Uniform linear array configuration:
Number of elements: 64
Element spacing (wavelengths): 0.75
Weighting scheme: hamming
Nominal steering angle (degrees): -45
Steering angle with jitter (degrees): -44.932
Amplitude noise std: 0.05
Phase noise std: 0.05

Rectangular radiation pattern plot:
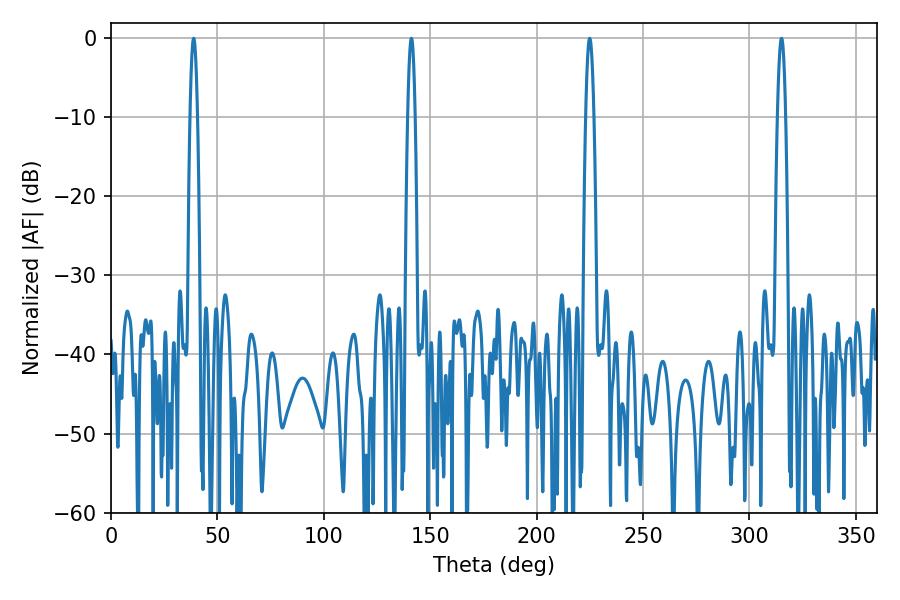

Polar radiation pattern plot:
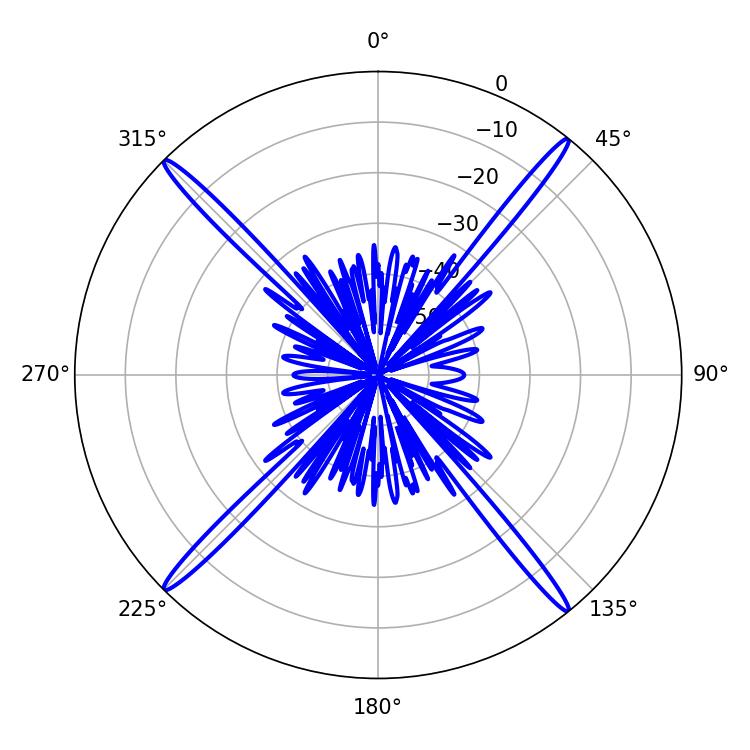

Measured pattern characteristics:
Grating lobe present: TRUE
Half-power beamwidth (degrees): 1.8
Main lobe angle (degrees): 38.88